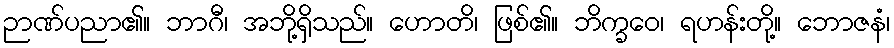
ဉာဏ်ပညာ၏။ ဘာဂီ၊ အဘို့ရှိသည်။ ဟောတိ၊ ဖြစ်၏။ ဘိက္ခဝေ၊ ရဟန်းတို့။ ဘောဇနံ၊